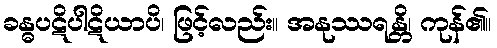
ခန္ဓပဋိပါဋိယာပိ၊ ဖြင့်လည်း။ အနုဿရန္တိ၊ ကုန်၏။